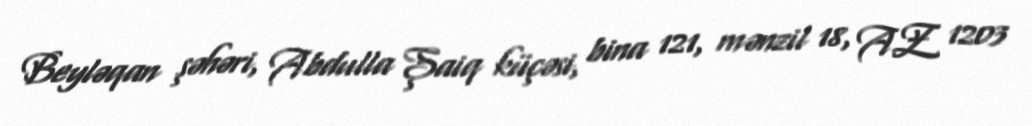
Beyləqan şəhəri, Abdulla Şaiq küçəsi, bina 121, mənzil 18, AZ 1203